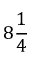
8 { \frac { 1 } { 4 } }